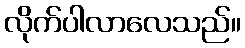
လိုက်ပါလာလေသည်။